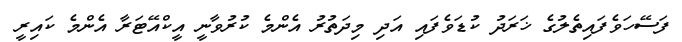
ފަސޭހަވެފައިތެލުގެ ޚަރަދު ކުޑަވެފައި އަދި މިދަތުރު އެންމެ ކުރުވާނީ އީކްއޭޓަރާ އެންމެ ކައިރީ